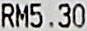
RM5.30